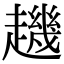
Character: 䟇